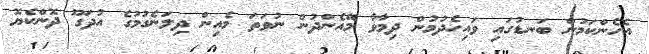
އެހެންކަމުން ބަނޑުގައި ވައިހެދުމުން ދިމާވާ މޭއެންދުން ނުވަތަ މެއިން ދިލަނެގުމުގެ އުދަގޫ ދޮންކެޔޮ